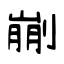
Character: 剻